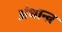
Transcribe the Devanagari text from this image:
अंधान्त्र